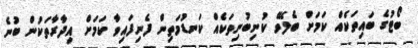
ބޯޓުގެ ބައިތަކެއް ކަމަށް ބެލެވޭ ކުނިބުނިތަކެއް ކަނޑުމަތިން ފެނިފައިވާ ކަމަށް އިދާރާތަކުން ބުނެ